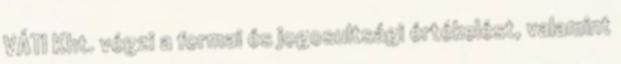
VÁTI Kht. végzi a formai és jogosultsági értékelést, valamint